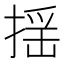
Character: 揺